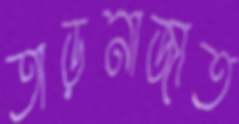
তাড়নাজাত